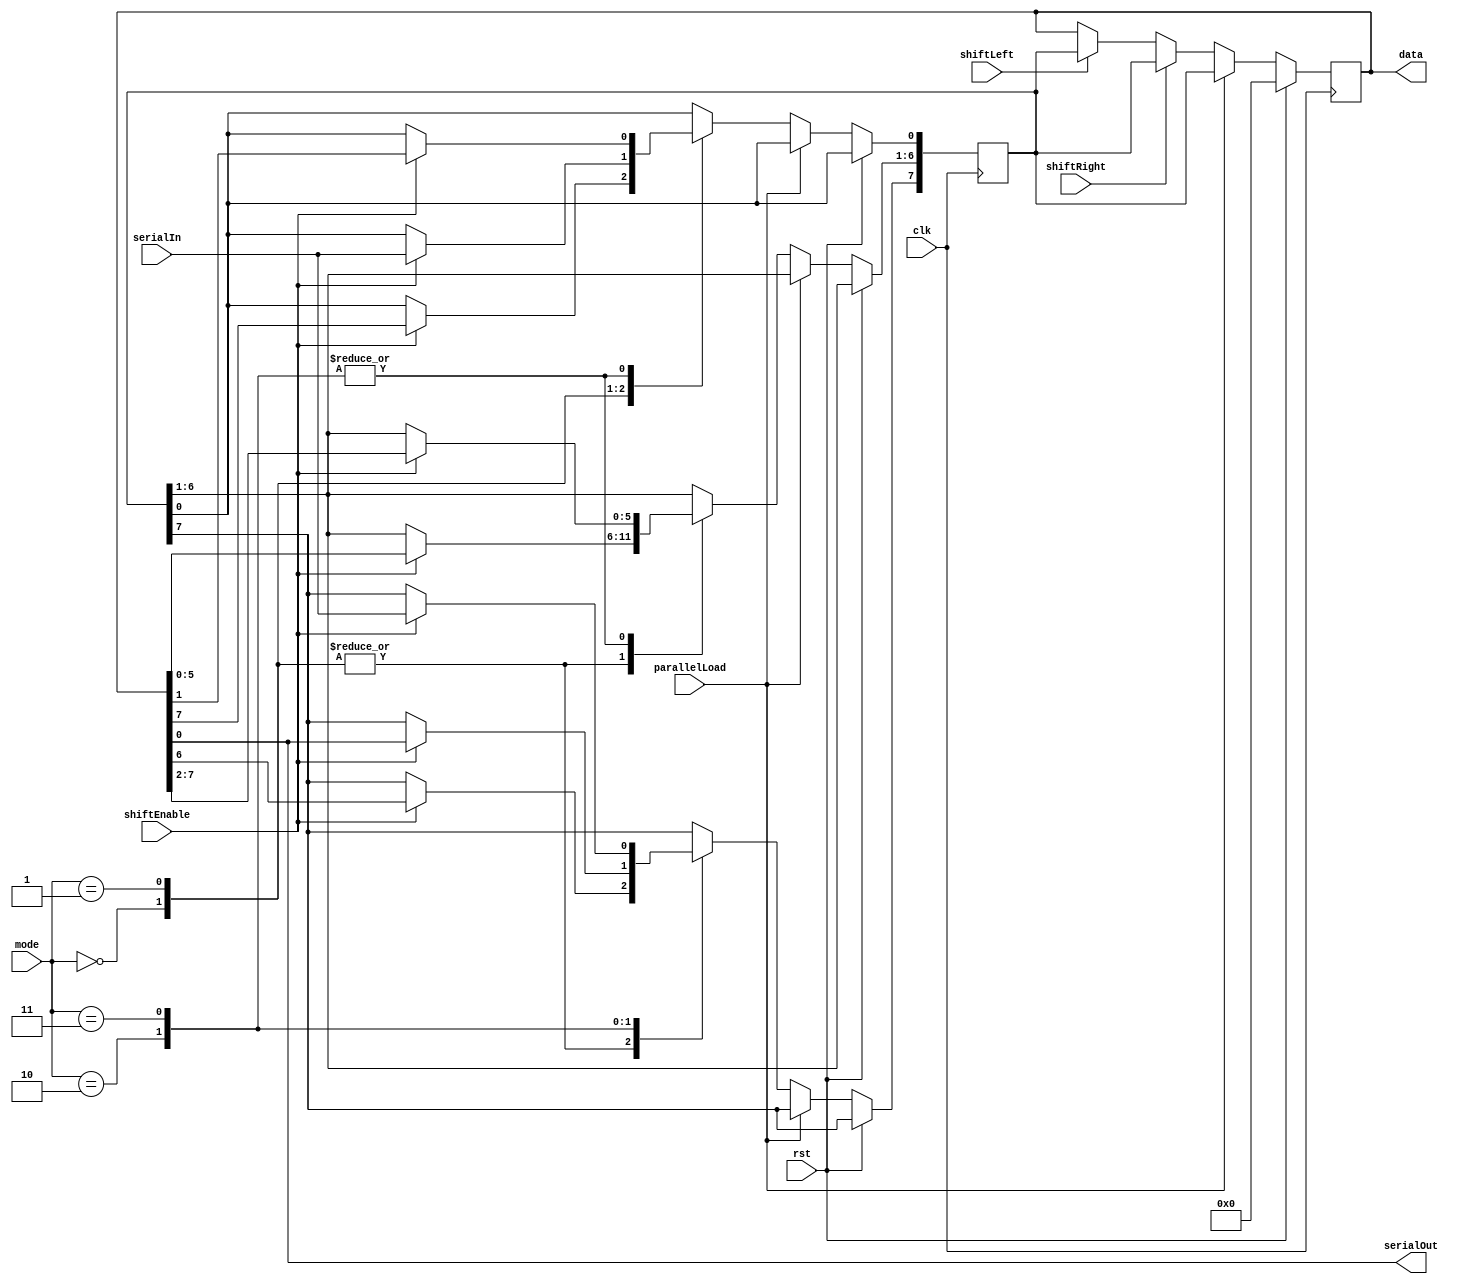
module UniversalShiftRegister(
    input wire clk,
    input wire rst,
    input wire shiftEnable,
    input wire[1:0] mode,
    input wire parallelLoad,
    input wire serialIn,
    input wire shiftRight,
    input wire shiftLeft,
    output wire serialOut,
    output reg[7:0] data
);

reg[7:0] temp_data;

always @(posedge clk) begin
    if(rst) begin
        data <= 8'b0;
    end else begin
        if(parallelLoad) begin
            data <= temp_data;
        end else begin
            case(mode)
                2'b00: begin // Parallel Shift Right
                    if(shiftEnable) begin
                        temp_data[7:1] <= data[6:0];
                        temp_data[0] <= data[7];
                    end
                end
                2'b01: begin // Serial Shift Right
                    if(shiftEnable) begin
                        temp_data[7:1] <= data[6:0];
                        temp_data[0] <= serialIn;
                    end
                end
                2'b10: begin // Parallel Shift Left
                    if(shiftEnable) begin
                        temp_data[6:0] <= data[7:1];
                        temp_data[7] <= data[0];
                    end
                end
                2'b11: begin // Serial Shift Left
                    if(shiftEnable) begin
                        temp_data[6:0] <= data[7:1];
                        temp_data[7] <= serialIn;
                    end
                end
            endcase
            if(shiftRight) begin
                data <= temp_data;
            end else if(shiftLeft) begin
                data <= temp_data;
            end
        end
    end
end

assign serialOut = data[0];

endmodule